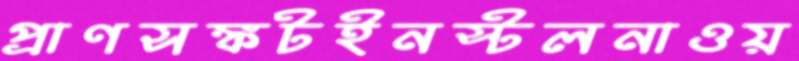
প্রাণসঙ্কটইনস্টলনাওয়